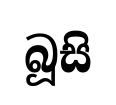
බූසි